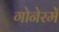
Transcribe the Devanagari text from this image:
गोनेरमें